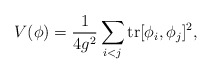
\begin{align*}V(\phi) = \frac {1}{4g^2} \sum_{i<j} \hbox {tr}[\phi_i,\phi_j]^2, \end{align*}